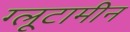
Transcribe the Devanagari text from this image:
ग्लूटामीन